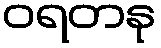
ဝရတနု